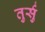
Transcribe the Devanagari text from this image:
तुर्सु